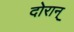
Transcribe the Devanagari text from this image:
दोरान्